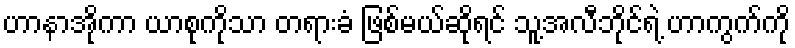
ဟာနာအိုကာ ယာစုကိုသာ တရားခံ ဖြစ်မယ်ဆိုရင် သူ့အလီဘိုင်ရဲ့ ဟာကွက်ကို